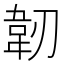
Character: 韌